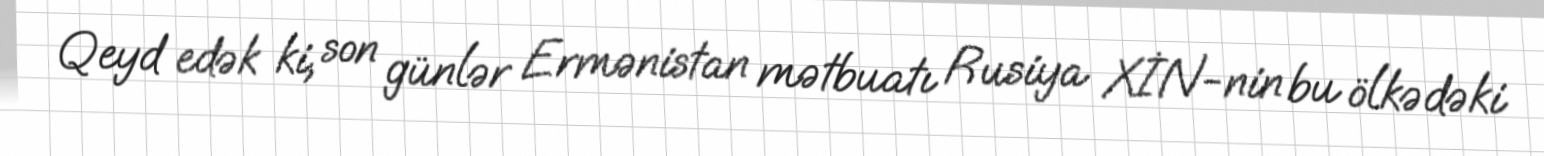
Qeyd edək ki, son günlər Ermənistan mətbuatı Rusiya XİN-nin bu ölkədəki